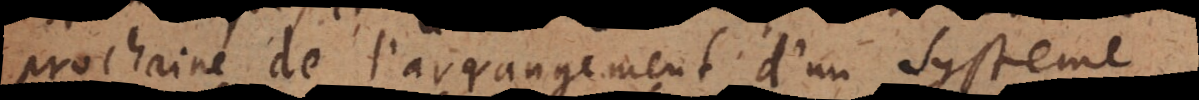
prochaine de l’arrangement d’un Systeme